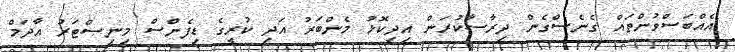
އެއްބަސްވުންތައް ގެނެސްގެން ދިރާސާކުރަން އިދިކޮޅު މެންބަރު އަދި ކުރީގެ ޑިފެންސް މިނިސްޓަރު އާދަމް